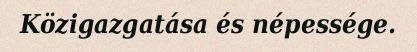
Közigazgatása és népessége.